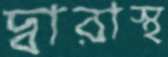
দ্বারাস্থ